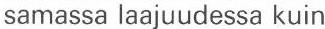
samassa laajuudessa kuin